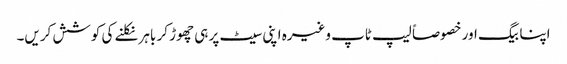
اپنا بیگ اور خصوصاً لیپ ٹاپ وغیرہ اپنی سیٹ پر ہی چھوڑ کر باہر نکلنے کی کوشش کریں۔